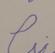
Signature authenticity: forged